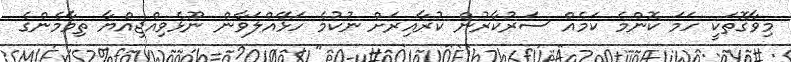
މިވާގޮތަކީ ހަމަ ކޮންމެ ކަމެއް ސަރުކާރުން ކުރާއިރަށް ނުކުމެ ހަޅޭއްލަވާން ނޫޅެވިއްޖިއްޔާ ތިމާމެންގެ